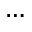
\ldots